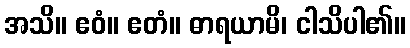
အသိ။ ဧဝံ။ ဧတံ။ ဓာရယာမိ၊ ငါသိပါ၏။